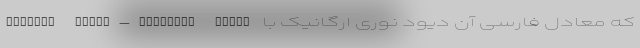
Organic Light-Emitting Diode که معادل فارسی آن دیود نوری ارگانیک با